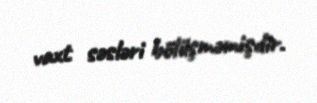
vaxt səsləri bölüşməmişdir.